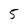
Character: 5